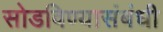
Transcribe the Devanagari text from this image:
सोडविण्यासंबंधी